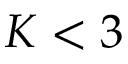
K < 3